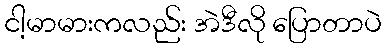
ငါ့မာမားကလည်း အဲဒီလို ပြောတာပဲ